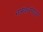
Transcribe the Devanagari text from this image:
नामकरणाचा